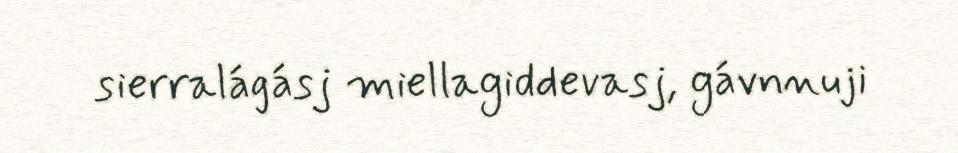
sierralágásj miellagiddevasj, gávnnuji